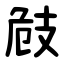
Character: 㩻